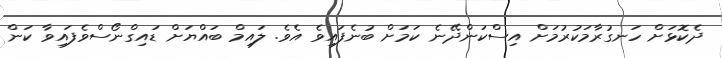
ދެކޮޅަށް ހަނގުރާމަކުރުމަށް އިސްކަންދޭނެ ކަމަށް ބުނެފައިވެ އެވެ. ލައިމް ބައްޔަށް ޑައިގްނޯސްވެފައިވާ ކަން